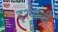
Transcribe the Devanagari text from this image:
दृश्याची